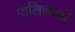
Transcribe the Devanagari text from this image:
मालिकानों